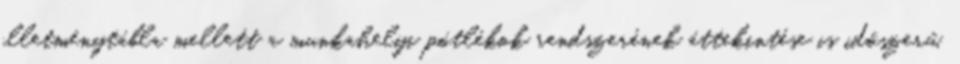
illetménytábla mellett a munkahelyi pótlékok rendszerének áttekintése is időszerű.